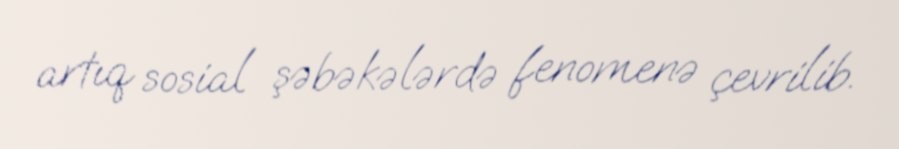
artıq sosial şəbəkələrdə fenomenə çevrilib.